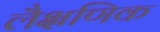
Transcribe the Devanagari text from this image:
लैक्षणिक